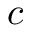
c